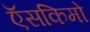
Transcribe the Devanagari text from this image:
ऍसकिमो